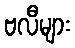
ဗလီများ